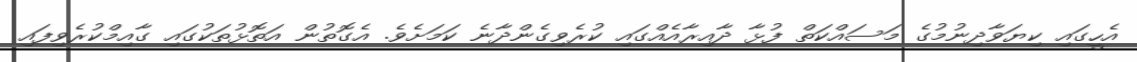
އެހީގައި ކިޔަވާދިނުމުގެ މަސައްކަތް ފުޅާ ދާއިރާއެއްގައި ކުރެވިގެންދާނެ ކަމަށެވެ. އެގޮތުން އަތޮޅުތަކުގައި ގާއިމްކުރެވިފައި